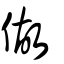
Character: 做